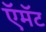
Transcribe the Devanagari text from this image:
ऍमॅट